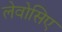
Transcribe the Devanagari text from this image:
लेवोसिए